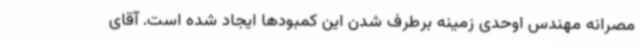
مصرانه مهندس اوحدی زمینه برطرف شدن این کمبودها ایجاد شده است. آقای